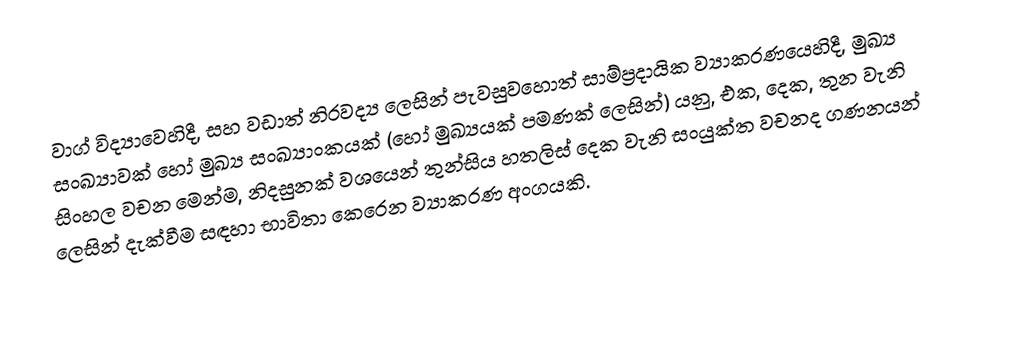
වාග් විද්‍යාවෙහිදී, සහ වඩාත් නිරවද්‍ය ලෙසින් පැවසුවහොත් සාම්ප්‍රදායික ව්‍යාකරණයෙහිදී, මුඛ්‍ය සංඛ්‍යාවක් හෝ  මුඛ්‍ය සංඛ්‍යාංකයක් (‍හෝ මුඛ්‍යයක් පමණක් ලෙසින්) යනු,  එක, දෙක, තුන  වැනි සිංහල වචන මෙන්ම, නිදසුනක් වශයෙන්  තුන්සිය හතලිස් දෙක වැනි සංයුක්ත වචනද ගණනයන් ලෙසින් දැක්වීම සඳහා භාවිතා කෙරෙන ව්‍යාකරණ අංගයකි.